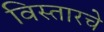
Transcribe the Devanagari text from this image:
विस्तारचे